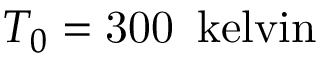
T _ { 0 } = \ensuremath { \mathrm { 3 0 0 } } \ensuremath { \, } \ensuremath { \mathrm { \ k e l v i n } }